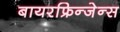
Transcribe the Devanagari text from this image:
बायरफ्रिन्जेन्स